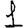
Digit: 1